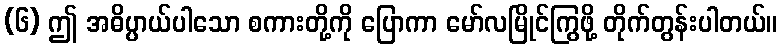
(၆) ဤ အဓိပ္ပာယ်ပါသော စကားတို့ကို ပြောကာ မော်လမြိုင်ကြွဖို့ တိုက်တွန်းပါတယ်။